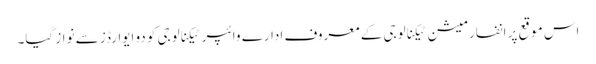
اس موقع پر انفارمیشن ٹیکنالوجی کے معروف ادارے وائپر ٹیکنالوجی کو دو ایوارڈز سے نواز گیا۔